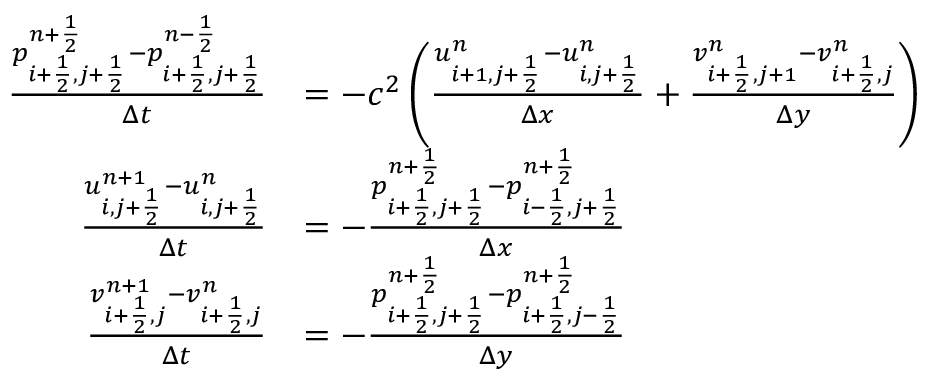
\begin{array} { r l } { \frac { p _ { i + \frac 1 2 , j + \frac 1 2 } ^ { n + \frac 1 2 } - p _ { i + \frac 1 2 , j + \frac 1 2 } ^ { n - \frac 1 2 } } { \Delta t } } & { = - c ^ { 2 } \left( \frac { u _ { i + 1 , j + \frac 1 2 } ^ { n } - u _ { i , j + \frac 1 2 } ^ { n } } { \Delta x } + \frac { v _ { i + \frac 1 2 , j + 1 } ^ { n } - v _ { i + \frac 1 2 , j } ^ { n } } { \Delta y } \right) } \\ { \frac { u _ { i , j + \frac 1 2 } ^ { n + 1 } - u _ { i , j + \frac 1 2 } ^ { n } } { \Delta t } } & { = - \frac { p _ { i + \frac 1 2 , j + \frac 1 2 } ^ { n + \frac 1 2 } - p _ { i - \frac 1 2 , j + \frac 1 2 } ^ { n + \frac 1 2 } } { \Delta x } } \\ { \frac { v _ { i + \frac 1 2 , j } ^ { n + 1 } - v _ { i + \frac 1 2 , j } ^ { n } } { \Delta t } } & { = - \frac { p _ { i + \frac 1 2 , j + \frac 1 2 } ^ { n + \frac 1 2 } - p _ { i + \frac 1 2 , j - \frac 1 2 } ^ { n + \frac 1 2 } } { \Delta y } } \end{array}